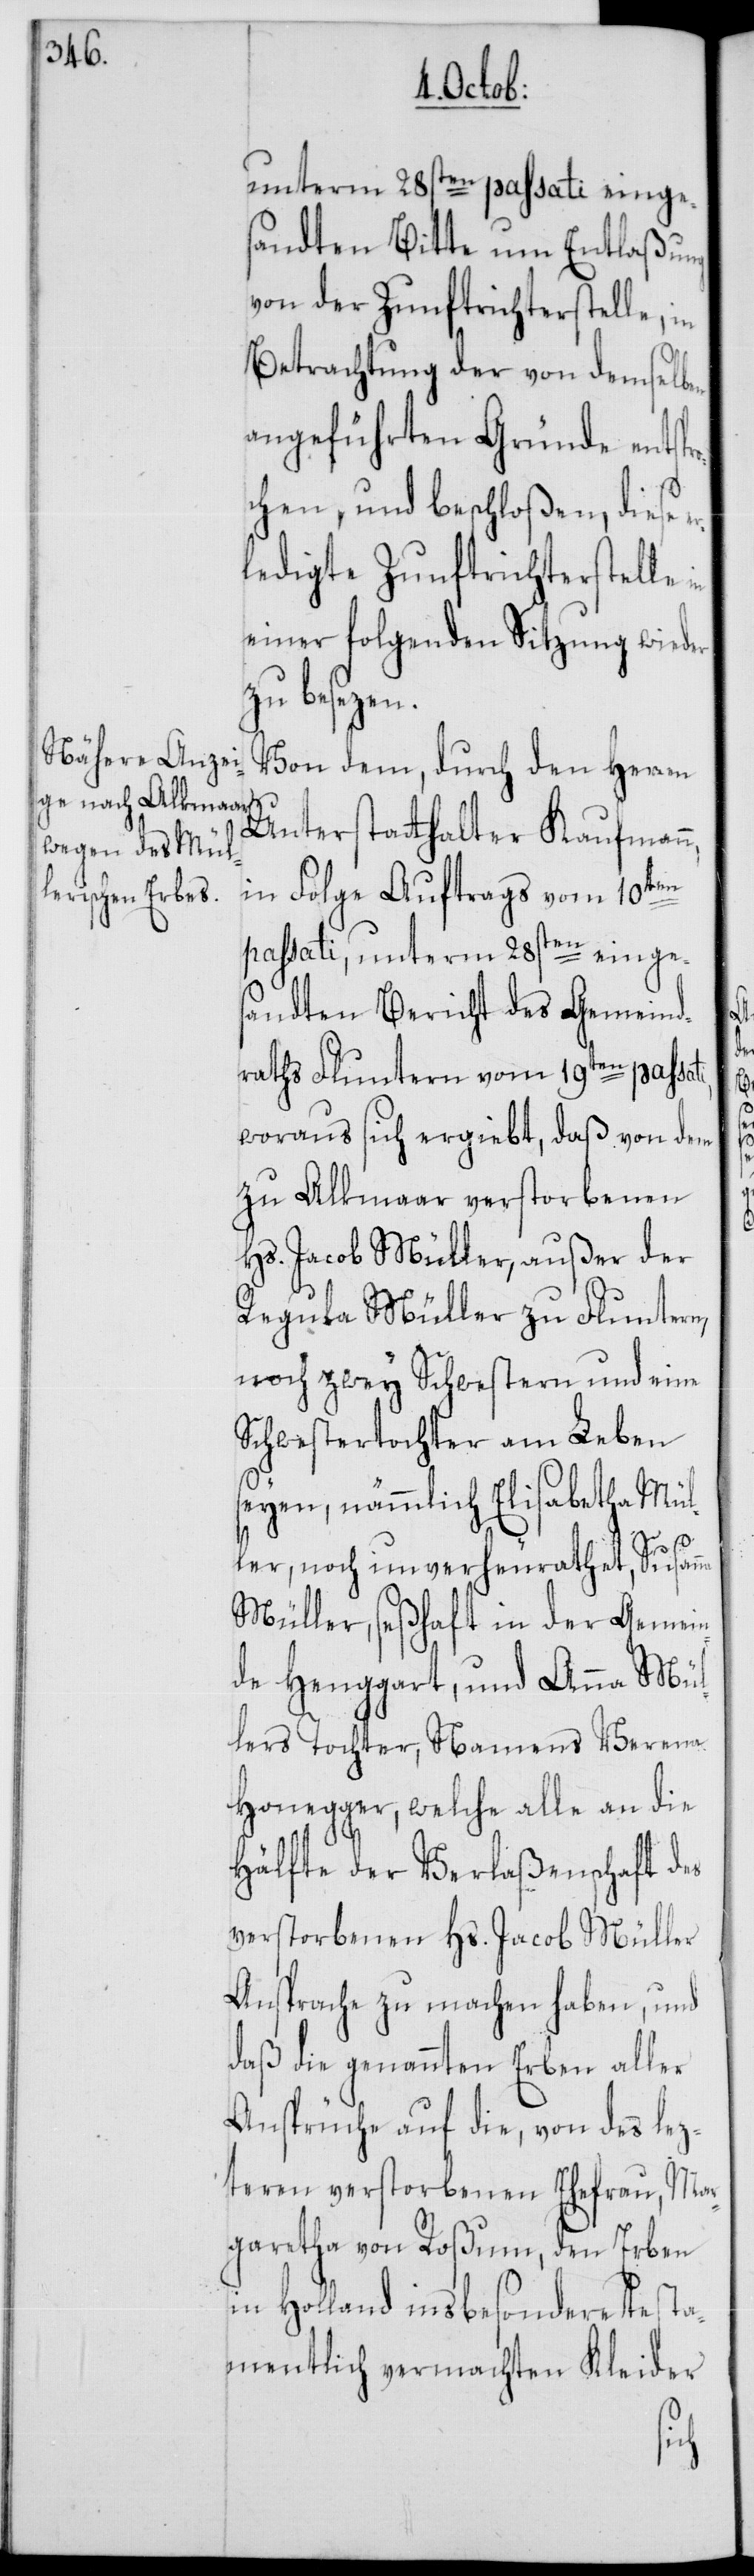
unterm 28sten passati einge¬
sandten Bitte um Entlaßung
von der Zunftrichterstelle, in
Betrachtung der von demselben
angeführten Gründe entspr¬
ochen, und beschloßen, diese
ledigte Zunftrichterstelle
einer folgenden Sitzung wieder
zu besezen.
Von dem, durch den Herren
Unterstatthalter Kaufman¬
er¬
n,
in Folge Auftrags vom 10ten
passati, unterm 28sten einges¬
andten Bericht des Gemeind¬
raths Fluntern vom 19ten passa¬
woraus sich ergiebt, daß von dem
zu Alkmaar verstorbenen
Hs. Jacob Müller, außer der
Regula Müller zu Fluntern,
noch zwey Schwestern und eine
Schwestertochter am Leben
seyen, nämmlich Elisabetha Mül¬
ler, noch unverheurathet; Susanna
Müller, seßhaft in der Gemein¬
de Henggart, und Anna Mül¬
lers Tochter, Namens Verena
Honegger, welche alle an die
Hälfte der Verlaßenschaft des
verstorbenen Hs. Jacob Müller
Ansprache zu machen haben, und
daß die genannten Erben aller
Ansprüche auf die, von des lez¬
teren verstorbenen Ehefrau, Mar¬
garetha von Roßum, den Erben
in Holland insbesondere testa¬
mentlich vermachten Kleider
ti,